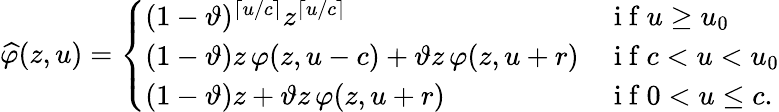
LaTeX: \widehat{\varphi}(z,u)=\left\{ \begin{array}{ll}{(1-\vartheta)^{\lceil u/c\rceil}z^{\lceil u/c\rceil}}&{\mathrm{~i~f~}u\geq u_{0}}\\ {(1-\vartheta)z\, \varphi(z,u-c)+\vartheta z\, \varphi(z,u+r)}&{\mathrm{~i~f~}c<u<u_{0}}\\ {(1-\vartheta)z+\vartheta z\, \varphi(z,u+r)}&{\mathrm{~i~f~}0<u\leq c.}\end{array}\right.